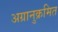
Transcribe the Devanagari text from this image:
अग्रानुक्रमित